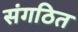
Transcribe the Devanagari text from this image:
संगठित